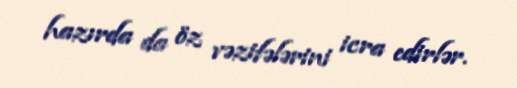
hazırda da öz vəzifələrini icra edirlər.